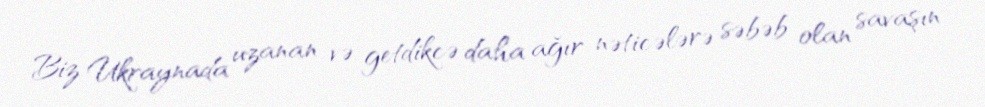
Biz Ukraynada uzanan və getdikcə daha ağır nəticələrə səbəb olan savaşın